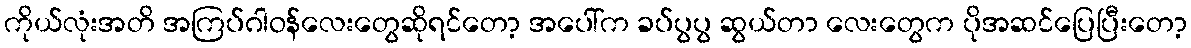
ကိုယ်လုံးအတိ အကြပ်ဂါဝန်လေးတွေဆိုရင်တော့ အပေါ်က ခပ်ပွပွ ဆွယ်တာ လေးတွေက ပိုအဆင်ပြေပြီးတော့